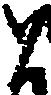
と